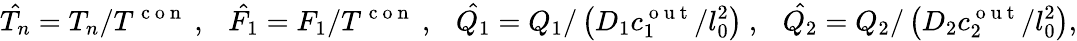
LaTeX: \hat{T_{n}}=T_{n}/T^{\mathrm{~c~o~n~}}~,~~~\hat{F_{1}}=F_{1}/T^{\mathrm{~c~o~n~}}~,~~~\hat{Q_{1}}=Q_{1}/\left(D_{1}c_{1}^{\mathrm{~o~u~t~}}/l_{0}^{2}\right)~,~~~\hat{Q_{2}}=Q_{2}/\left(D_{2}c_{2}^{\mathrm{~o~u~t~}}/l_{0}^{2}\right),